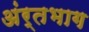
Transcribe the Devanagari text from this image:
अंर्तभाग